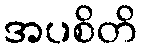
အပစိတိ